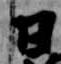
日